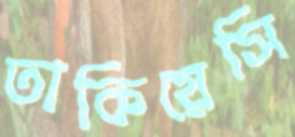
তাকিয়েসি